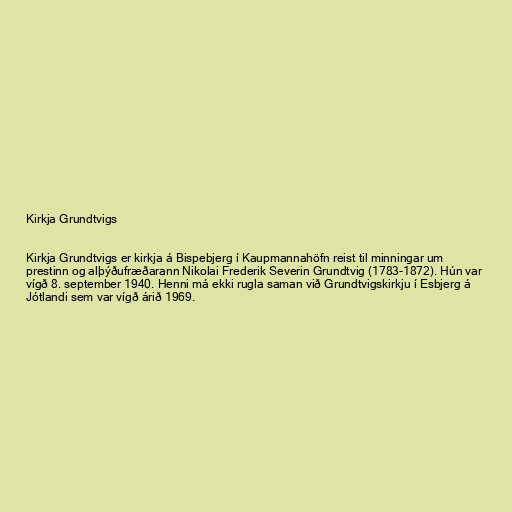
Kirkja Grundtvigs

Kirkja Grundtvigs er kirkja á Bispebjerg í Kaupmannahöfn reist til minningar um
prestinn og alþýðufræðarann Nikolai Frederik Severin Grundtvig (1783-1872). Hún var
vígð 8. september 1940. Henni má ekki rugla saman við Grundtvigskirkju í Esbjerg á
Jótlandi sem var vígð árið 1969.